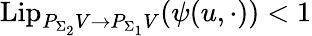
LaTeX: \mathrm{Lip}_{P_{\Sigma_{2}}V\to P_{\Sigma_{1}}V}({\psi}(u,\cdot))<1